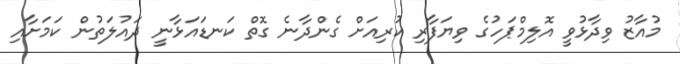
މުއާޒު ވިދާޅުވީ އޮލިމްޕަހުގެ ވިޔަފާރި ކުރިއަށް ގެންދާނެ ގޮތް ކަނޑައަޅާނީ ދައުލަތުން ކަމަށާއި